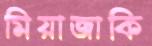
মিয়াজাকি